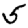
Digit: 5